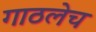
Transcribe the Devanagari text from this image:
गाठलेच